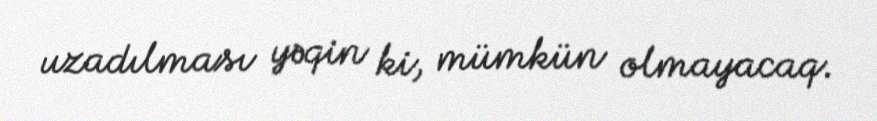
uzadılması yəqin ki, mümkün olmayacaq.